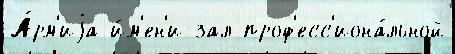
А́рм'иjа и́м'ен'и зал проф'есс'иона́льной